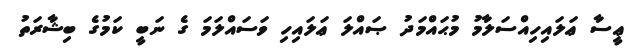
ޢީސާ ޢަލައިހިއްސަލާމު މުޙައްމަދު ޞައްލަ ޢަލައިހި ވަސައްލަމަ ގެ ނަބީ ކަމުގެ ބިޝާރަތު